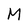
Character: M